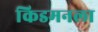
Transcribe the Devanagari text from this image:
किडमनला